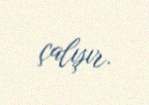
çalışır.